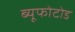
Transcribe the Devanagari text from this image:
ब्यूफोटोड